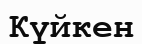
Күйкен